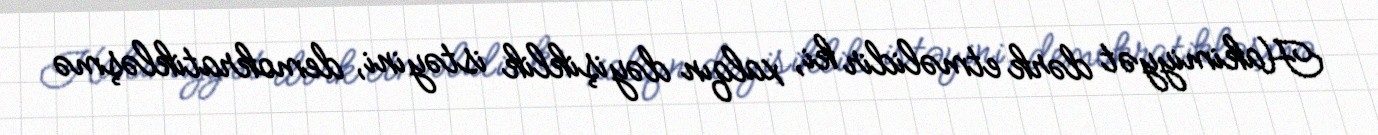
Hakimiyyət dərk etməlidir ki, xalqın dəyişiklik istəyini, demokratikləşmə